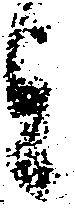
を